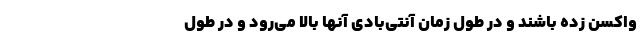
واکسن زده باشند و در طول زمان آنتی‌بادی آنها بالا می‌رود و در طول